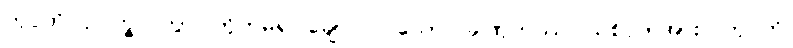
ကုပ္ပတိ၊ ဥပက္ခလိတွာ၊ တိုက်မိ၍ ချော်လဲလသော်။ ခါဏုကဿ၊ သစ်ငုတ်အား။ ကုပ္ပတိ၊